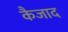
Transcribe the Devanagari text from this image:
कैजाद